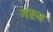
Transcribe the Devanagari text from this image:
नस्ब